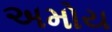
અમોય